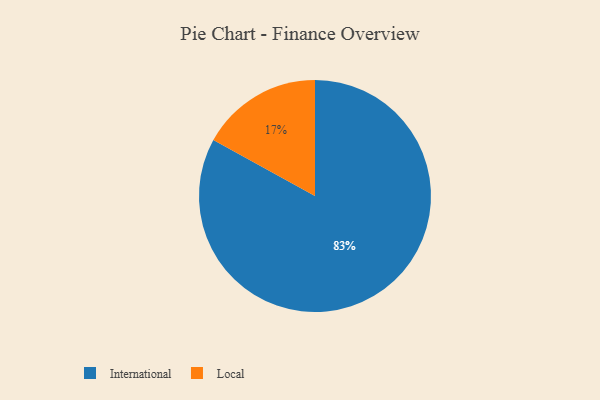
{"axis": {"x": "Category", "y": "Percentage"}, "legend": ["International", "Local"], "data": [{"x": "Local", "y": 17, "type": "Local"}, {"x": "International", "y": 83, "type": "International"}]}